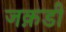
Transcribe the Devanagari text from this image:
जक़डी